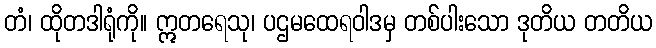
တံ၊ ထိုတဒါရုံကို။ ဣတရေသု၊ ပဌမထေရဝါဒမှ တစ်ပါးသော ဒုတိယ တတိယ